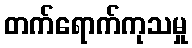
တက်ရောက်ကုသမှု